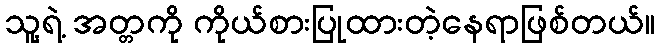
သူ့ရဲ့ အတ္တကို ကိုယ်စားပြုထားတဲ့နေရာဖြစ်တယ်။